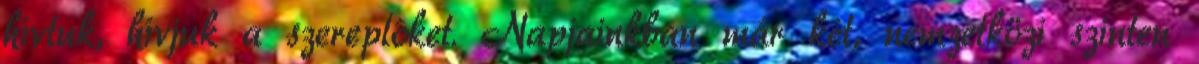
hívtuk, hívjuk a szereplôket. Napjainkban már két, nemzetközi szinten